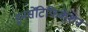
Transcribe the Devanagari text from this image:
इनसेंटिफिकेशन